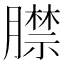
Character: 𦡞